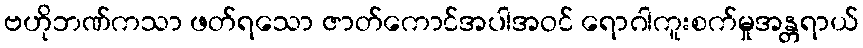
ဗဟိုဘဏ်ကသာ ဖတ်ရသော ဇာတ်ကောင်အပါအဝင် ရောဂါကူးစက်မှုအန္တရာယ်